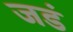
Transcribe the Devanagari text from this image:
जडं